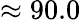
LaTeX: \approx 90.0